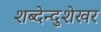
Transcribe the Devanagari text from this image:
शब्देन्दुशेखर